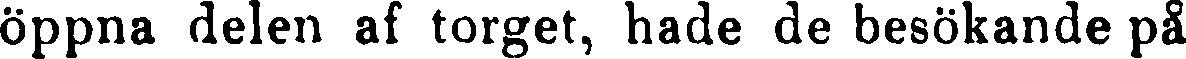
öppna delen af torget, hade de besökande på